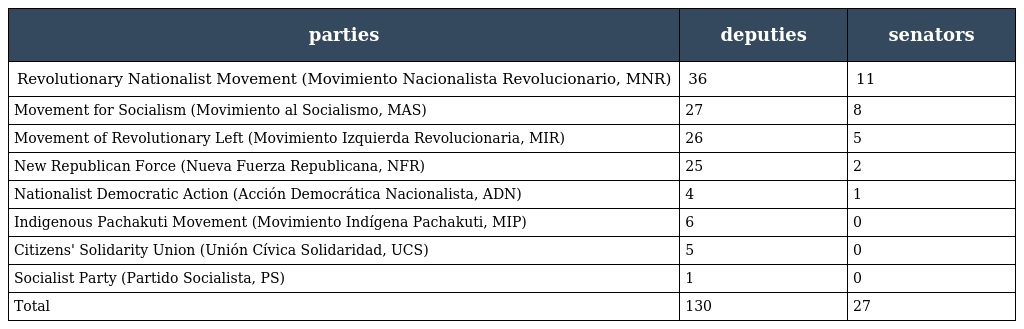
| parties | deputies | senators |
 | --- | --- | --- |
 | Revolutionary Nationalist Movement (Movimiento Nacionalista Revolucionario, MNR) | 36 | 11 |
 | Movement for Socialism (Movimiento al Socialismo, MAS) | 27 | 8 |
 | Movement of Revolutionary Left (Movimiento Izquierda Revolucionaria, MIR) | 26 | 5 |
 | New Republican Force (Nueva Fuerza Republicana, NFR) | 25 | 2 |
 | Nationalist Democratic Action (Acción Democrática Nacionalista, ADN) | 4 | 1 |
 | Indigenous Pachakuti Movement (Movimiento Indígena Pachakuti, MIP) | 6 | 0 |
 | Citizens' Solidarity Union (Unión Cívica Solidaridad, UCS) | 5 | 0 |
 | Socialist Party (Partido Socialista, PS) | 1 | 0 |
 | Total | 130 | 27 |